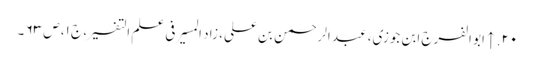
۲۰. ↑ ابو الفرج ابن جوزی، عبد الرحمن بن علی، زاد المسیر فی علم التفسیر، ج ۱، ص ۶۳ ۔